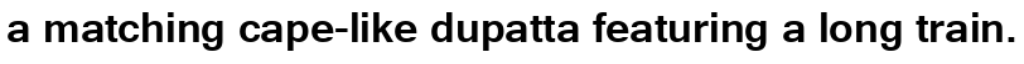
a matching cape-like dupatta featuring a long train.